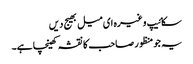
سکائیپ وغیرہ ای میل بھیج دیں
یہ جو منظور صاحب کا نقشہ کھینچا ہے۔